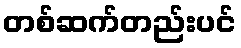
တစ်ဆက်တည်းပင်